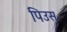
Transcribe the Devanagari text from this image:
पिउस